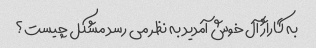
به گاراژ آل خوش آمدید به نظر می رسد مشکل چیست؟